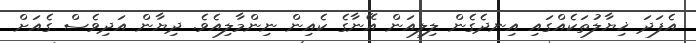
އެފަދަ ޚިޔާލުތަކެއްގައި އިނދެގެން ލިލިއަން އޭނާގެ ކެއިން ނިންމާލިއެވެ. ދިޔާން އަދިވެސް ގެއަށް